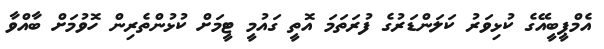
އެމްޕީބީއޭގެ ކުޅިވަރު ކަލަންޑަރުގެ ފުރަތަމަ އޮޮތީ ގައުމީ ޓީމަށް ކުޅުންތެރިން ހޮވުމަށް ބާއްވާ